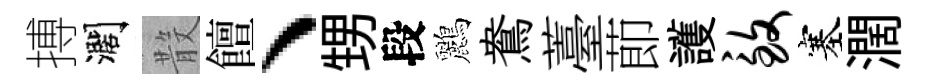
搏濶𣪚饘、甥段鸝鴦薹莭護致塞濶